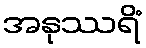
အနုဿရိံ